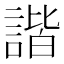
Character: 諧